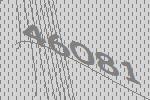
46081